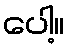
ပေါ့။